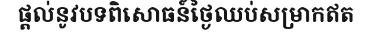
ផ្តល់នូវបទពិសោធន៍ថ្ងៃឈប់សម្រាកឥត